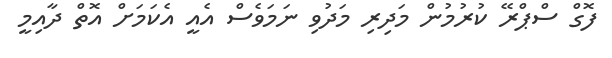
ފޮގް ސްޕްރޭ ކުރުމުން މަދިރި މަދުވި ނަމަވެސް އެއީ އެކަމަށް އޮތް ދާއިމީ